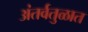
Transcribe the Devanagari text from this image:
अंतर्वतुळात